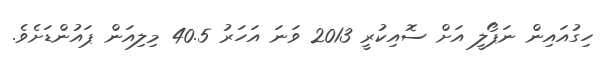
ހިގުއައިން ނަޕޯލީ އަށް ސޮއިކުރީ 2013 ވަނަ އަހަރު 40.5 މިލިއަން ޕައުންޑަށެވެ.